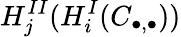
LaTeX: H_{j}^{II}(H_{i}^{I}(C_{\bullet,\bullet}))